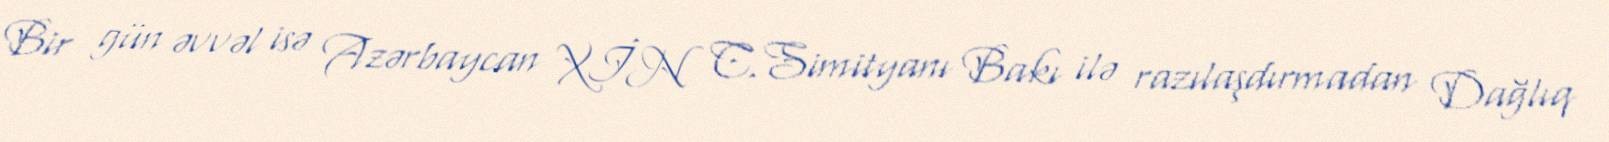
Bir gün əvvəl isə Azərbaycan XİN C.Simityanı Bakı ilə razılaşdırmadan Dağlıq